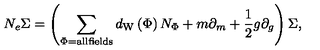
N _ { e } \Sigma = \left( \sum _ { \Phi = \mathrm { a l l f i e l d s } } d _ { \mathrm { W } } \left( \Phi \right) N _ { \Phi } + m \partial _ { m } + \frac 1 2 g \partial _ { g } \right) \Sigma ,